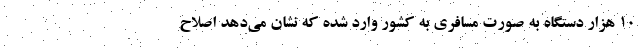
۱۰ هزار دستگاه به صورت مسافری به کشور وارد شده که نشان می‌دهد اصلاح